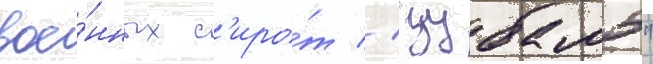
вое́нных с'иро́т // "цубамэ"